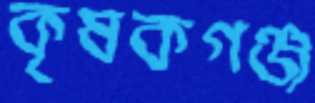
কৃষকগঞ্জ